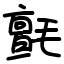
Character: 氈